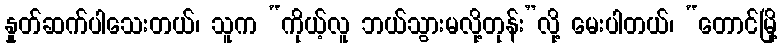
နှုတ်ဆက်ပါသေးတယ်၊ သူက “ကိုယ့်လူ ဘယ်သွားမလို့တုန်း”လို့ မေးပါတယ်၊ “တောင်မြို့